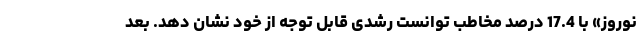
نوروز» با 17.4 درصد مخاطب توانست رشدی قابل توجه از خود نشان دهد. بعد